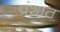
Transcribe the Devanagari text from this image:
प्रंशात